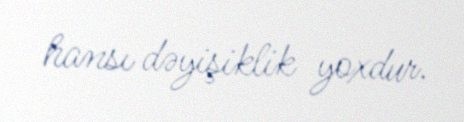
hansı dəyişiklik yoxdur.